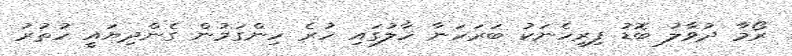
ރޯމާ ދުވާލު ބޮޑު ފިރިހެނަކު ބަރަހަނާ ހާލުގައި ހުރެ ހިންގަމުން ގެންދިޔައީ ހުތުރު